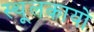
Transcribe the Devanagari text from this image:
स्थूलकायो